Vaccination in Bombay 1869-1873 - 1869-1873
Year: 1869
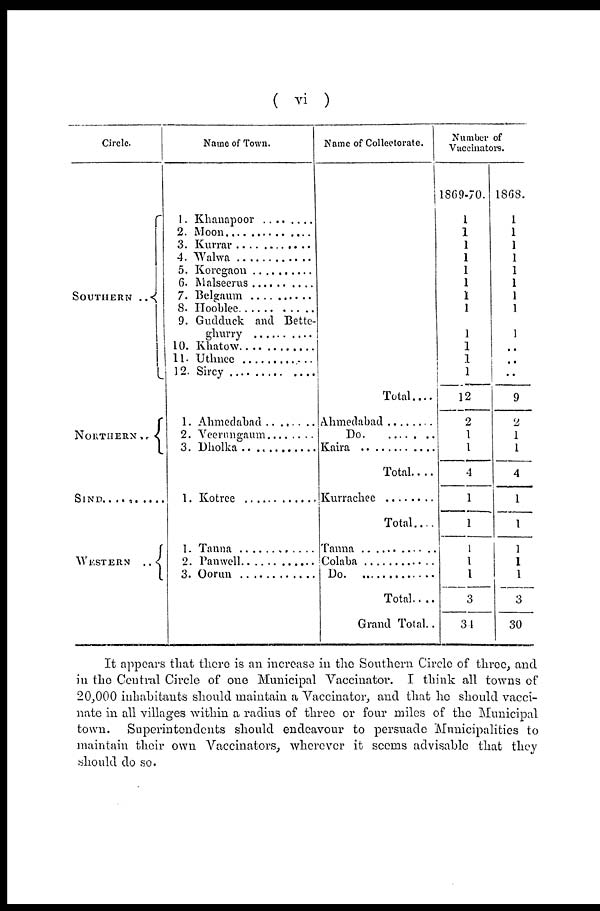
( vi )
Circle.
SOUTHERN ..
NORTHERN..
SIND ...............
WESTERN .. <
Name of Town.
1.Khanapoor .........
2. Moon .............
3. Kurrar ...............
4. Walwa
5. Korehon ........
6. Malseerus ..........
7. Belgaum ..............
8. Hooble ................
9. Gudduck and Bette¬
ghurry .................
10. Khatow ..........
11. Uthnee
12. Sircy ...............
1. Ahmedabad ......
2. Veerungaum ..........
3.Dholka ...............
1. Kotree ..................
1. Tanna
2. Panwell ..............
3. Oorun ..............
Name of Collectorate.
Total....
Ahemedabad .........
Do
Kaira ..............
Total ........
Kurrachee ............
Total....
Tanna .............
Colaba ..............
Do. ...............
Total ......
Grand Total..
Number of
Vuccinators.
1869-70.
1
1
1
1
1
1
1
1
1
1
1
1
12
2
1
1
4
1
1
1
1
1
3
34
1868.
1
1
1
1
1
1
1
1
1
..
..
..
9
2
1
1
4
1
1
1
1
1
3
30
It appears that there is an increase in the Southern Circle of three, and
in the Central Circle of one Municipal Vaccinator. I think all towns of
20,000 inhabitants should maintain a Vaccinator, and that he should vacci-
nate in all villages within a radius of three or four miles of the Municipal
town. Superintendents should endeavour to persuade Municipalities to
maintain their own Vaccinators, wherever it seems advisable that they
should do so.